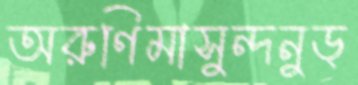
অরুণিমাসুন্দনুড্